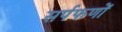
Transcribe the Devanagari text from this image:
सर्पफणों